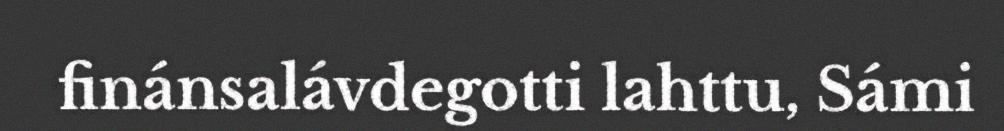
finánsalávdegotti lahttu, Sámi